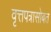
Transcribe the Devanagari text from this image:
वृत्तपत्रासोबत